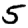
Digit: 5